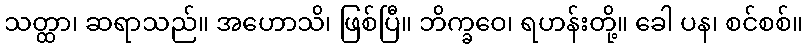
သတ္ထာ၊ ဆရာသည်။ အဟောသိ၊ ဖြစ်ပြီ။ ဘိက္ခဝေ၊ ရဟန်းတို့။ ခေါ ပန၊ စင်စစ်။